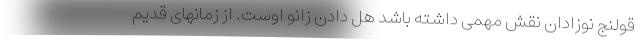
قولنج نوزادان نقش مهمی داشته باشد هل دادن زانو اوست. از زمانهای قدیم